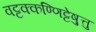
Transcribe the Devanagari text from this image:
वट्टक्कण्णिट्टेषु़त्तु